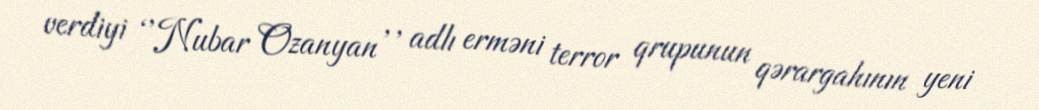
verdiyi ‘’Nubar Ozanyan’’ adlı erməni terror qrupunun qərargahının yeni